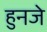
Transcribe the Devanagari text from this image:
हुनजे